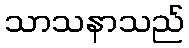
သာသနာသည်